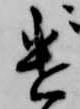
遣